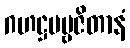
ဂဟဋ္ဌပဗ္ဗဇိတာနံ